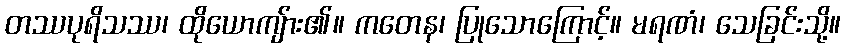
တဿပုရိသဿ၊ ထိုယောကျ်ား၏။ ကတေန၊ ပြုသောကြောင့်။ မရဏံ၊ သေခြင်းသို့။